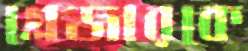
গ্লেজারকে